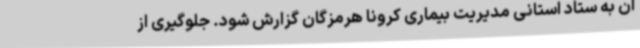
آن به ستاد استانی مدیریت بیماری کرونا هرمزگان گزارش شود. جلوگیری از